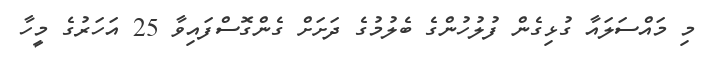
މި މައްސަލައާ ގުޅިގެން ފުލުހުންގެ ބެލުމުގެ ދަށަށް ގެންގޮސްފައިވާ 25 އަހަރުގެ މީހާ